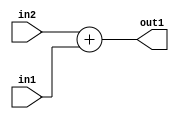
`timescale 1ps / 1ps
/*****************************************************************************
    Verilog RTL Description
    
    
    Created by: Stratus DpOpt 2019.1.01 
*******************************************************************************/

module ImageGradient_Add_4Ux2U_4U_4 (
	in2,
	in1,
	out1
	); /* architecture "behavioural" */ 
input [3:0] in2;
input [1:0] in1;
output [3:0] out1;
wire [3:0] asc001;

assign asc001 = 
	+(in2)
	+(in1);

assign out1 = asc001;
endmodule

/* CADENCE  ubH2Qgs= : u9/ySgnWtBlWxVPRXgAZ4Og= ** DO NOT EDIT THIS LINE ******/